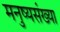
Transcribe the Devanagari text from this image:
मनुष्यसंख्या